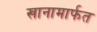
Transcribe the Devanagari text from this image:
खानामार्फत